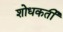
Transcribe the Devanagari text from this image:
शोधकर्ती